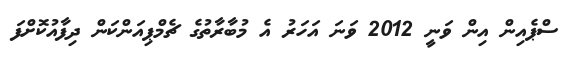
ސްޕެއިން އިން ވަނީ 2012 ވަނަ އަހަރު އެ މުބާރާތުގެ ޗެމްޕިއަންކަން ދިފާއުކޮށްފަ